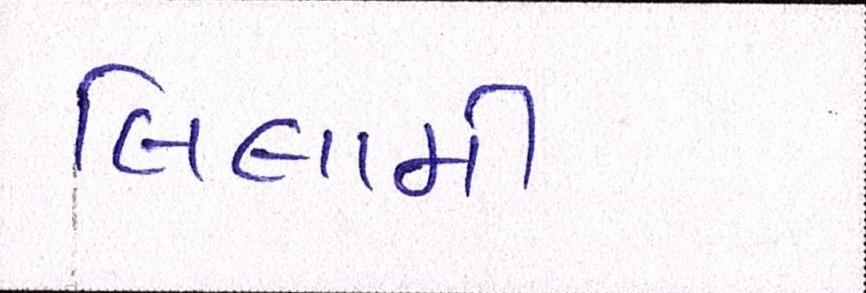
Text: લિલામી